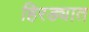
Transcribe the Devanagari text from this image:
हिरड्यात